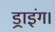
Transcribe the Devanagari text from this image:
ड्राइंग।